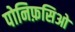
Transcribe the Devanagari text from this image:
पोनिफ़सिओ